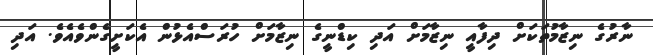
ނާރުގެ ނިޒާމުތަކަށް ދިފާއީ ނިޒާމަށް އަދި ކިޑްނީގެ ނިޒާމަށް ހުރަސްއެޅުން އެކަށީގެންވެއެވެ. އަދި